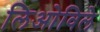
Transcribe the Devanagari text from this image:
लिओविले